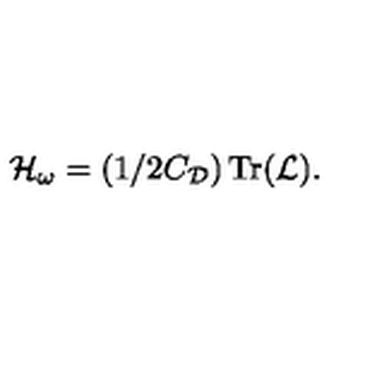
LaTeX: { \cal H } _ { \omega } = ( 1 / 2 C _ { \cal D } ) \thinspace \mathrm { T r } ( { \cal L } ) .